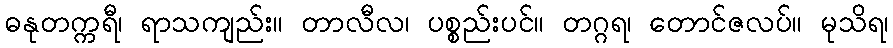
ဓနုတက္ကရီ၊ ရာသကျည်း။ တာလီလ၊ ပစ္စည်းပင်။ တဂ္ဂရ၊ တောင်ဇလပ်။ မုသိရ၊